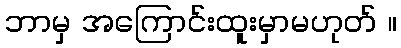
ဘာမှ အကြောင်းထူးမှာမဟုတ် ။